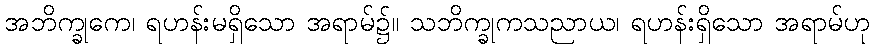
အဘိက္ခုကေ၊ ရဟန်းမရှိသော အရာမ်၌။ သဘိက္ခုကသညာယ၊ ရဟန်းရှိသော အရာမ်ဟု